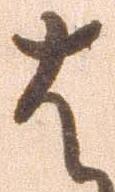
は